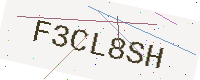
Text: F3CL8SH